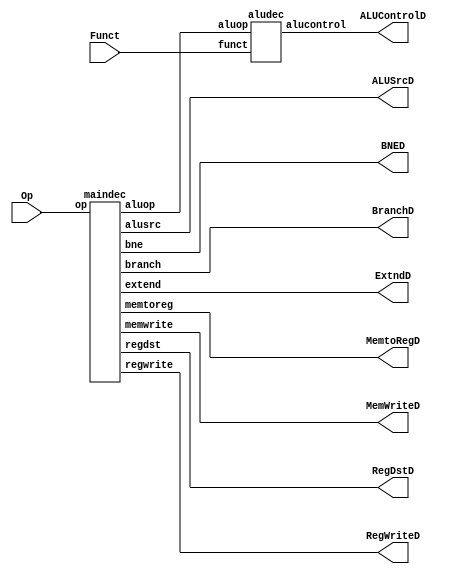
module Control_Unit(input [5:0] Op, Funct,
                  output MemtoRegD, MemWriteD,ALUSrcD, RegDstD, RegWriteD,BranchD,BNED,ExtndD,
                  output [3:0] ALUControlD);
  wire [3:0] aluop;

  maindec md(Op, MemtoRegD, MemWriteD, BranchD, BNED, ExtndD,
             ALUSrcD, RegDstD, RegWriteD, aluop);
  aludec  ad(Funct, aluop, ALUControlD);
  
endmodule

module maindec(input  [5:0] op, output memtoreg, memwrite, branch, bne, extend, alusrc,
               output wire regdst, regwrite, output [3:0] aluop);

  reg [11:0] controls;

  assign {extend, regwrite, regdst, alusrc, branch, bne, memwrite,
          memtoreg, aluop} = controls;

  always @(*)
    case(op)
      6'b000000: controls <= 12'b111000001000; // RTYPE
      6'b100011: controls <= 12'b100100010000; // LW
      6'b101011: controls <= 12'b100100100000; // SW
      6'b000100: controls <= 12'b100010000100; // BEQ
      6'b001000: controls <= 12'b110100000000; // ADDI
      6'b001001: controls <= 12'b110100000000; // ADDIU
      6'b001101: controls <= 12'b010100000110; // ORI
      6'b001110: controls <= 12'b010100000010; // XORI
      6'b001001: controls <= 12'b110100000000; // ADDIU
      6'b001100: controls <= 12'b010100001110; // ANDI
      6'b001010: controls <= 12'b110100001010; // SLTI
      6'b001011: controls <= 12'b010100001100; // STTIU
      6'b001111: controls <= 12'b010100000001; // LUI
      6'b000101: controls <= 12'b100011000100; // BNE
      default:   controls <= 12'b000000000000; // illegal op
    endcase
endmodule

module aludec(input  wire [5:0] funct,
              input  wire [3:0] aluop,
              output reg [3:0] alucontrol);

  always @(*)
    case(aluop)
      4'b0000: alucontrol <= 4'b0100;  // add (for lw/sw/addi)
      4'b0110: alucontrol <= 4'b0010;  // ori
      4'b0100: alucontrol <= 4'b1100;  // sub (for beq/bne)
      4'b0010: alucontrol <= 4'b0110;  // xori
      4'b0111: alucontrol <= 4'b0000;  // andi
      4'b1010: alucontrol <= 4'b1110;  // slti
      4'b1100: alucontrol <= 4'b1000;  // sltiu
      4'b0001: alucontrol <= 4'b1101;  // lui
      default: case(funct)          // R-type instructions aluop 101
          6'b100000: alucontrol <= 4'b0100; // add
          6'b100001: alucontrol <= 4'b0100; // addu
          6'b100010: alucontrol <= 4'b1100; // sub
          6'b100100: alucontrol <= 4'b0000; // and
          6'b100101: alucontrol <= 4'b0010; // or
          6'b101010: alucontrol <= 4'b1110; // slt
          6'b101011: alucontrol <= 4'b1000; // sltu
          6'b100110: alucontrol <= 4'b0110; // xor
          6'b100111: alucontrol <= 4'b1010; // nor
          6'b000100: alucontrol <= 4'b0001; // sllv
          6'b000111: alucontrol <= 4'b0011; // srav
          6'b000110: alucontrol <= 4'b0101; // srlv
          default:   alucontrol <= 4'b0000; // illegal op x101
        endcase
    endcase
endmodule